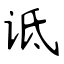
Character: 诋